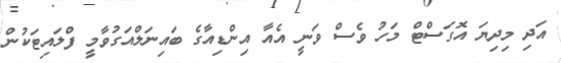
އަދި މިދިޔަ އޮގަސްޓް މަހު ވެސް ވަނީ އެއާ އިންޑިއާގެ ބައިނަލްއަގުވާމީ ފްލައިޓަކުން